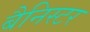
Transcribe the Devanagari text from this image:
बैनिस्टर